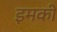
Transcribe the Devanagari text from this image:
इमकी